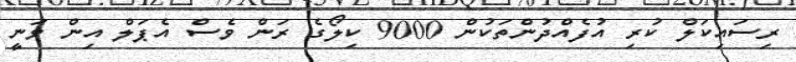
ރިސައިކަލް ކުރި އުފެއްދުންތަކުން 9000 ކިލޯގެ ރަން ވެސް އެޕަލް އިން ވަނީ